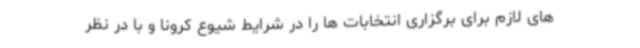
های لازم برای برگزاری انتخابات ها را در شرایط شیوع کرونا و با در نظر